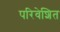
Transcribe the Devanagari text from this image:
परिवेशित